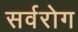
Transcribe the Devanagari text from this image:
सर्वरोग